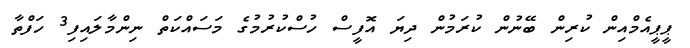
ޕީޕީއެމްއިން ކުރިން ބޭނުން ކުރަމުން ދިޔަ އޮފީސް ހުސްކުރުމުގެ މަސައްކަތް ނިންމާލައިފި3 ހަފްތާ